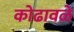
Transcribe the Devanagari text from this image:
कोढावळे